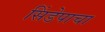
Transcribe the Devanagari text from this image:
सिंडेपाचा